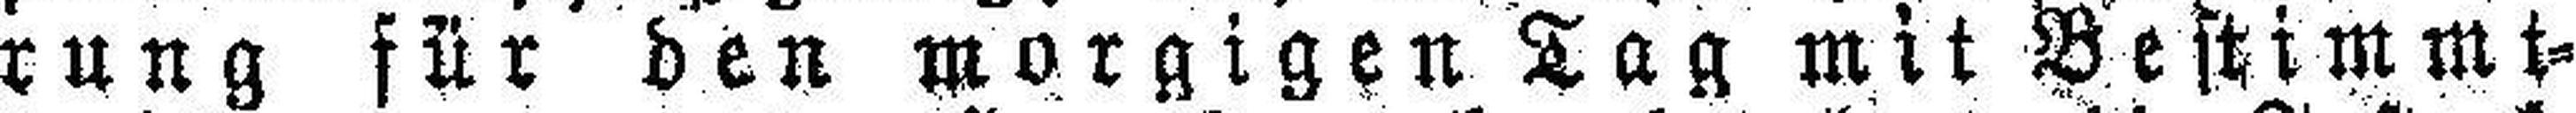
rung für den morgigen Tag mit Bestimmt¬